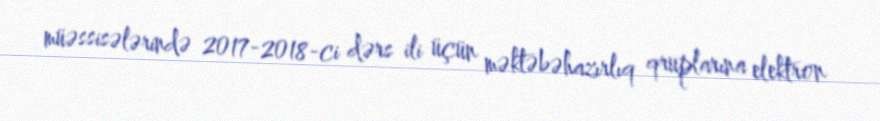
müəssisələrində 2017-2018-ci dərs ili üçün məktəbəhazırlıq qruplarına elektron